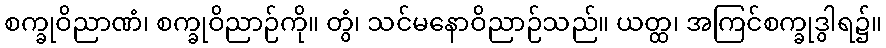
စက္ခုဝိညာဏံ၊ စက္ခုဝိညာဉ်ကို။ တွံ၊ သင်မနောဝိညာဉ်သည်။ ယတ္ထ၊ အကြင်စက္ခုဒွါရ၌။